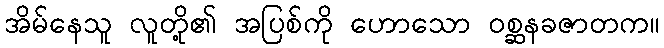
အိမ်နေသူ လူတို့၏ အပြစ်ကို ဟောသော ဝစ္ဆနခဇာတက။